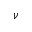
\nu